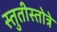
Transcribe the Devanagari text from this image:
स्तुतीस्तोत्रे